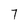
Character: 7